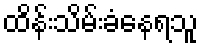
ထိန်းသိမ်းခံနေရသူ